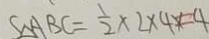
S _ { \Delta A B C } = \frac { 1 } { 2 } \times 2 \times 4 x = 4